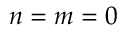
n = m = 0